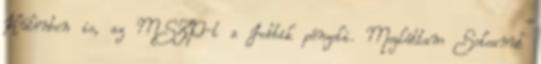
Különben is, az MSZP-t a Jobbik pénzeli. Megláttam Seleanut